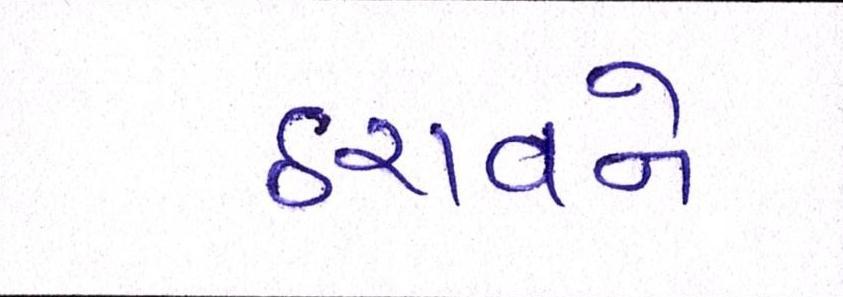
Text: ઠરાવને